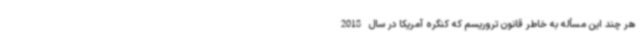
هر چند این مسأله به خاطر قانون تروریسم که کنگره آمریکا در سال 2018